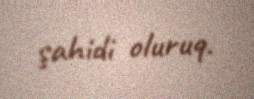
şahidi oluruq.